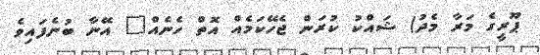
ޕޫރީގެ މަރާ މެދު) ޝައްކު ކުރަން ޖެހޭކަމެއް އޮތް ހެނެއް" އޭނާ ބުނެފައިވެ